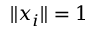
\| x _ { i } \| = 1